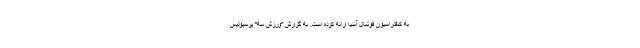
به کنفدراسیون فوتبال آسیا ارائه کرده است. به گزارش "ورزش سه" پرسپولیس